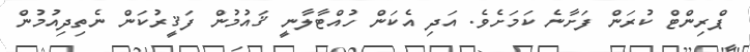
ޕްރިންޓް ކުރަން ފަށާނެ ކަމަށެވެ. އަދި އެކަން ހުއްޓާލާނީ ޤައުމުން ފަޤީރުކަން ނެތިދިއުމުން